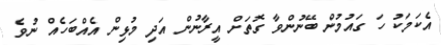
އެކަމަކު ހަ ގައުމުން ބޭނުންވާ ގޮތަށް އީރާނުން އަދި މުޅިން އެއްބަހެއް ނުވެ